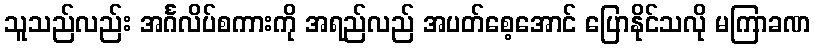
သူသည်လည်း အင်္ဂလိပ်စကားကို အရည်လည် အပတ်စေ့အောင် ပြောနိုင်သလို မကြာခဏ